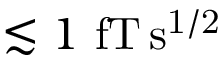
\lesssim 1 ~ \mathrm { f T \, s ^ { 1 / 2 } }